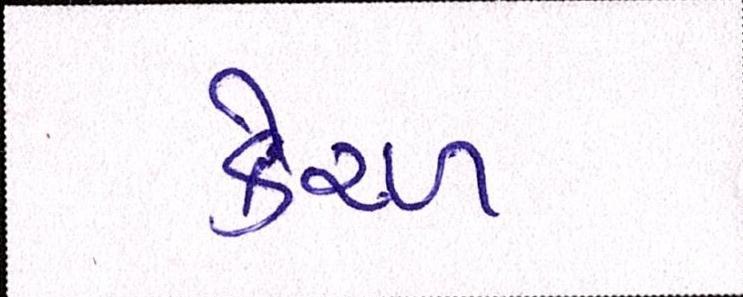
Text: કેરળ